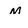
Character: M